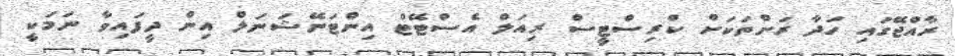
ރާއްޖޭގައި ހަދާ ރަށްތަކަށް ކްރިސްޓީސް ރިއަލް އެސްޓޭޓް އިންޓަނޭޝަނަލް އިން ދީފައިވާ ނަމަކީ